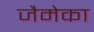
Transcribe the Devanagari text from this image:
जैमेका